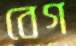
বেগ